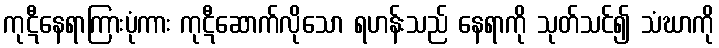
ကုဋီနေရာကြားပုံကား ကုဋီဆောက်လိုသော ရဟန်းသည် နေရာကို သုတ်သင်၍ သံဃာကို